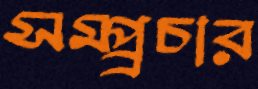
সম্প্র্রচার